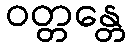
ဝတ္တန္တေ